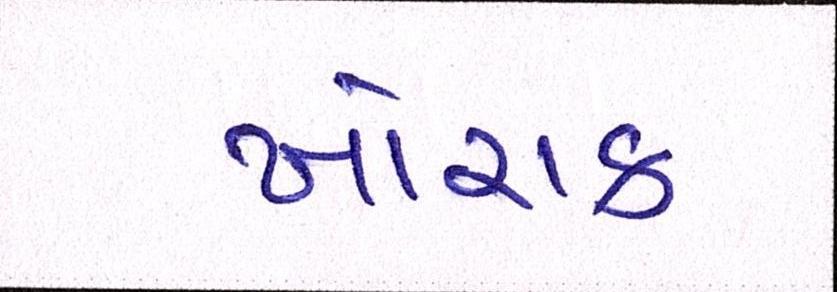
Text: ખોરાક